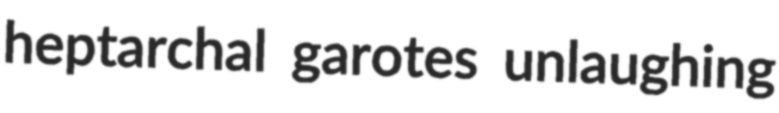
heptarchal garotes unlaughing